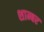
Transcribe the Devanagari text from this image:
शाम्बर